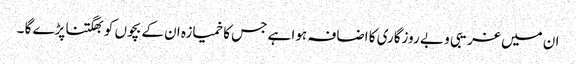
ان میں غریبی و بے روزگاری کا اضافہ ہوا ہے جس کا خمیازہ ان کے بچوں کو بھگتنا پڑے گا ۔